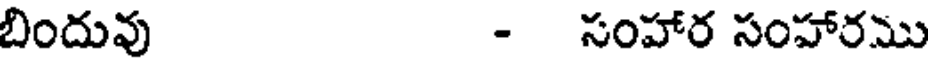
బిందువు - సంహార సంహారము